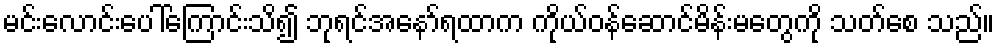
မင်းလောင်းပေါ်ကြောင်းသိ၍ ဘုရင်အနော်ရထာက ကိုယ်ဝန်ဆောင်မိန်းမတွေကို သတ်စေ သည်။